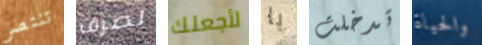
تنتصر لصرف لأجعلك يا تدخلت والحياة